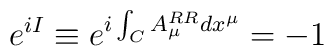
e^{i I} \equiv e^{i \int_{C}A^{RR}_{\mu} dx^{\mu}} = -1